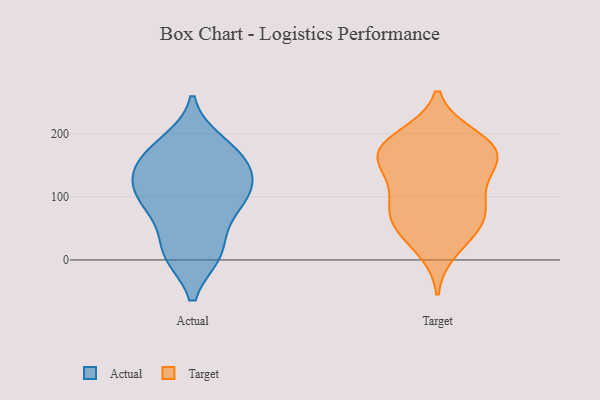
{"axis": {"x": "Energy Usage (MWh)", "y": "Value"}, "legend": ["Actual", "Target"], "data": [{"x": "", "y": 175, "type": "Actual"}, {"x": "", "y": 100, "type": "Actual"}, {"x": "", "y": 149, "type": "Actual"}, {"x": "", "y": 10, "type": "Actual"}, {"x": "", "y": 11, "type": "Actual"}, {"x": "", "y": 81, "type": "Actual"}, {"x": "", "y": 118, "type": "Actual"}, {"x": "", "y": 69, "type": "Actual"}, {"x": "", "y": 167, "type": "Actual"}, {"x": "", "y": 124, "type": "Actual"}, {"x": "", "y": 142, "type": "Actual"}, {"x": "", "y": 185, "type": "Actual"}, {"x": "", "y": 10, "type": "Actual"}, {"x": "", "y": 102, "type": "Actual"}, {"x": "", "y": 174, "type": "Target"}, {"x": "", "y": 52, "type": "Target"}, {"x": "", "y": 81, "type": "Target"}, {"x": "", "y": 195, "type": "Target"}, {"x": "", "y": 173, "type": "Target"}, {"x": "", "y": 153, "type": "Target"}, {"x": "", "y": 17, "type": "Target"}, {"x": "", "y": 133, "type": "Target"}, {"x": "", "y": 89, "type": "Target"}, {"x": "", "y": 63, "type": "Target"}, {"x": "", "y": 162, "type": "Target"}, {"x": "", "y": 166, "type": "Target"}, {"x": "", "y": 105, "type": "Target"}, {"x": "", "y": 52, "type": "Target"}, {"x": "", "y": 191, "type": "Target"}]}